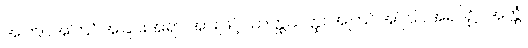
အကြင်အကြင်အခြင်းအရာ အားဖြင့်။ ယတ္ထယတ္ထ၊ အကြင်အကြင်အရပ်၌။ အတ္ထံ၊